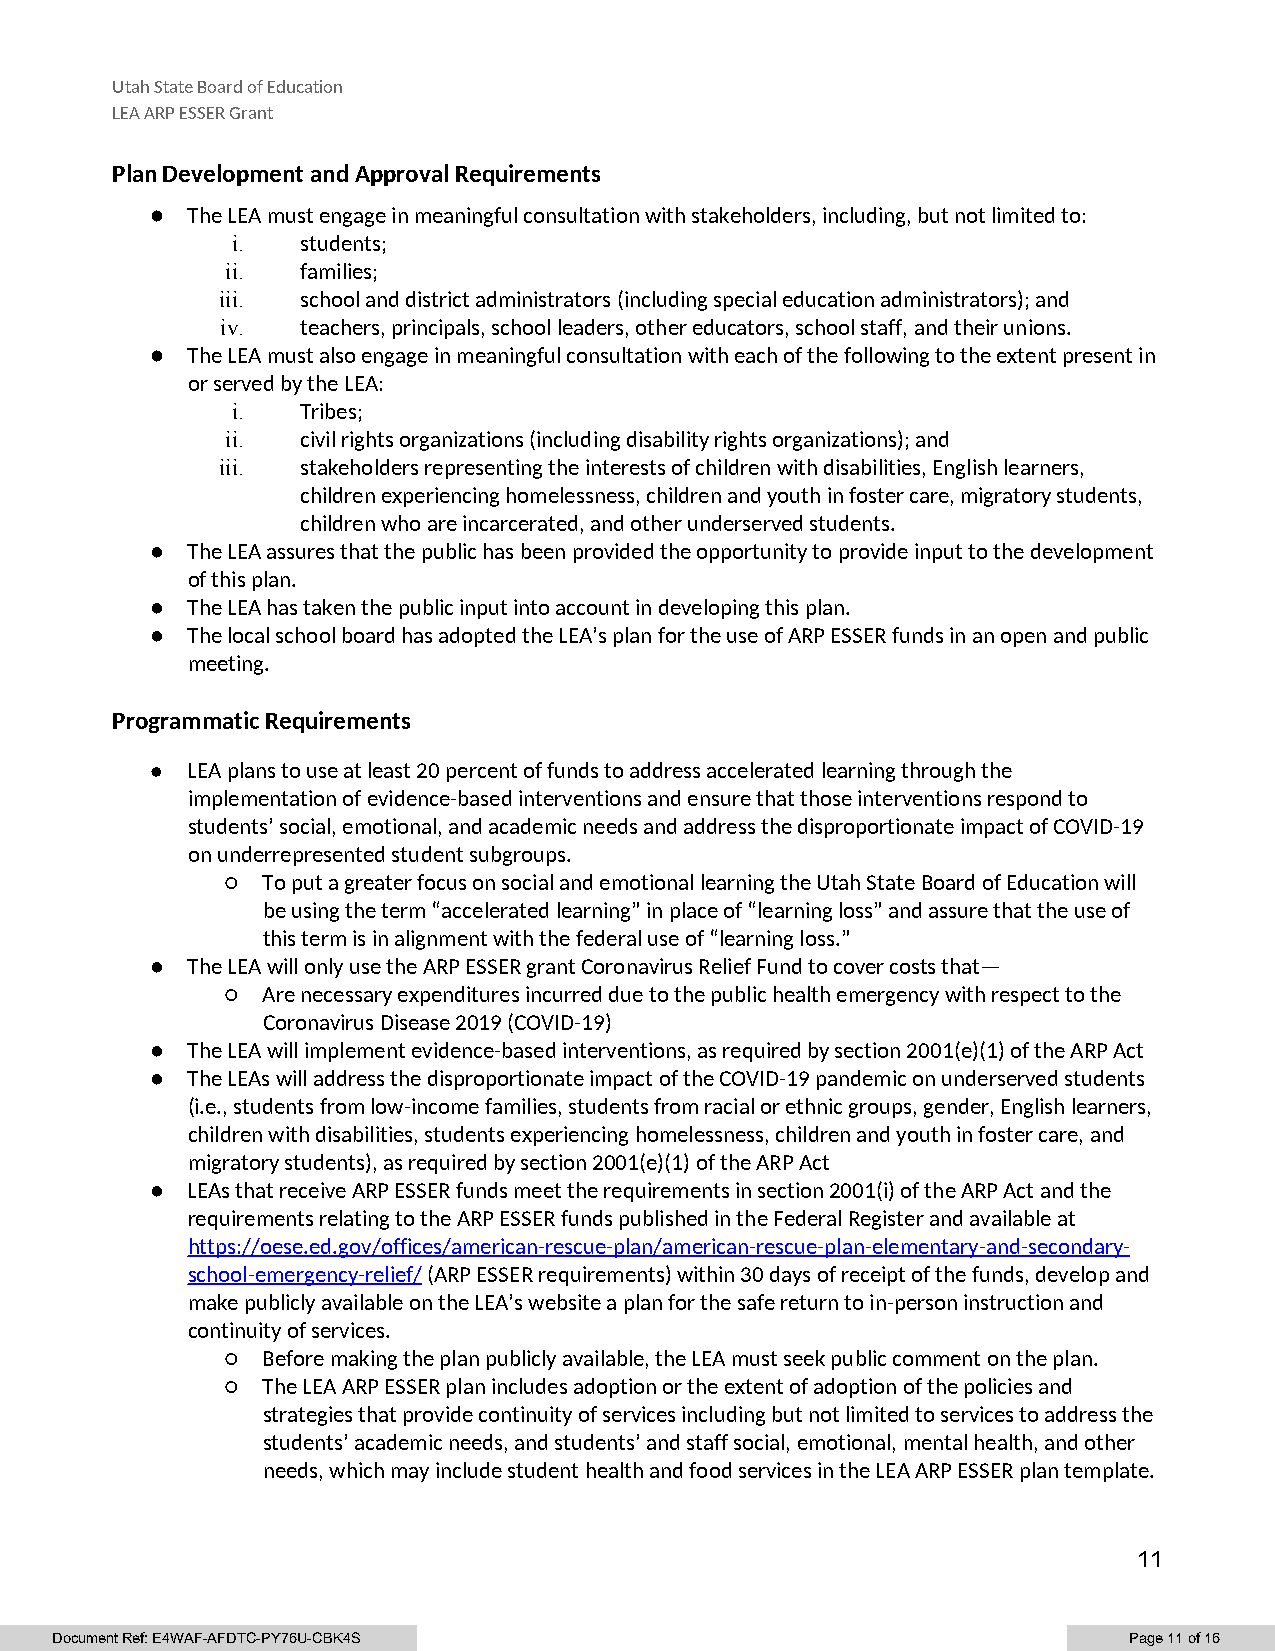
Utah State Board of Education
 LEA ARP ESSER Grant
 Plan Development and Approval Requirements
 ● The LEA must engage in meaningful consultation with stakeholders, including, but not limited to:
 i.   students;
 ii.  families;
 iii.  school and district administrators (including special education administrators); and
 iv.  teachers, principals, school leaders, other educators, school staff, and their unions.
 ● The LEA must also engage in meaningful consultation with each of the following to the extent present in
 or served by the LEA:
 i.   Tribes;
 ii.  civil rights organizations (including disability rights organizations); and
 iii.  stakeholders representing the interests of children with disabilities, English learners,
 children experiencing homelessness, children and youth in foster care, migratory students,
 children who are incarcerated, and other underserved students.
 ● The LEA assures that the public has been provided the opportunity to provide input to the development
 of this plan.
 ● The LEA has taken the public input into account in developing this plan.
 ● The local school board has adopted the LEA’s plan for the use of ARP ESSER funds in an open and public
 meeting.
 Programmatic Requirements
 ● LEA plans to use at least 20 percent of funds to address accelerated learning through the
 implementation of evidence-based interventions and ensure that those interventions respond to
 students’ social, emotional, and academic needs and address the disproportionate impact of COVID-19
 on underrepresented student subgroups.
 ○ To put a greater focus on social and emotional learning the Utah State Board of Education will
 be using the term “accelerated learning” in place of “learning loss” and assure that the use of
 this term is in alignment with the federal use of “learning loss.”
 ● The LEA will only use the ARP ESSER grant Coronavirus Relief Fund to cover costs that—
 ○ Are necessary expenditures incurred due to the public health emergency with respect to the
 Coronavirus Disease 2019 (COVID-19)
 ● The LEA will implement evidence-based interventions, as required by section 2001(e)(1) of the ARP Act
 ● The LEAs will address the disproportionate impact of the COVID-19 pandemic on underserved students
 (i.e., students from low-income families, students from racial or ethnic groups, gender, English learners,
 children with disabilities, students experiencing homelessness, children and youth in foster care, and
 migratory students), as required by section 2001(e)(1) of the ARP Act
 ● LEAs that receive ARP ESSER funds meet the requirements in section 2001(i) of the ARP Act and the
 requirements relating to the ARP ESSER funds published in the Federal Register and available at
 https://oese.ed.gov/offices/american-rescue-plan/american-rescue-plan-elementary-and-secondary-
 school-emergency-relief/ (ARP ESSER requirements) within 30 days of receipt of the funds, develop and
 make publicly available on the LEA’s website a plan for the safe return to in-person instruction and
 continuity of services.
 ○ Before making the plan publicly available, the LEA must seek public comment on the plan.
 ○ The LEA ARP ESSER plan includes adoption or the extent of adoption of the policies and
 strategies that provide continuity of services including but not limited to services to address the
 students’ academic needs, and students’ and staff social, emotional, mental health, and other
 needs, which may include student health and food services in the LEA ARP ESSER plan template.
 11
 Document Ref: E4WAF-AFDTC-PY76U-CBK4S                                   Page 11 of 16